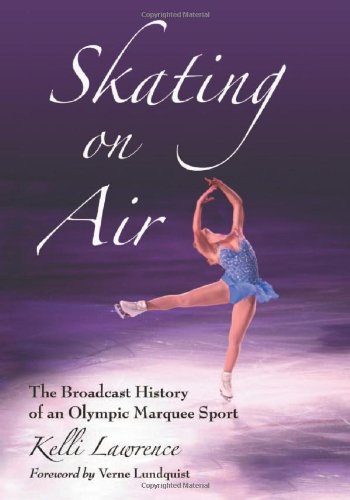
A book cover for Skating on Air: The Broadcast History of an Olympic Marquee Sport; Kelli Lawrence; Sports & Outdoors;